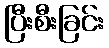
ပြီးစီးခြင်း